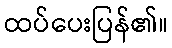
ထပ်ပေးပြန်၏။